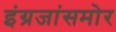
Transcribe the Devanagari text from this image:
इंग्रजांसमोर